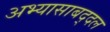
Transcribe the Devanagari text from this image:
अभ्यासाबद्दल